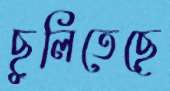
ছুলিতেছে